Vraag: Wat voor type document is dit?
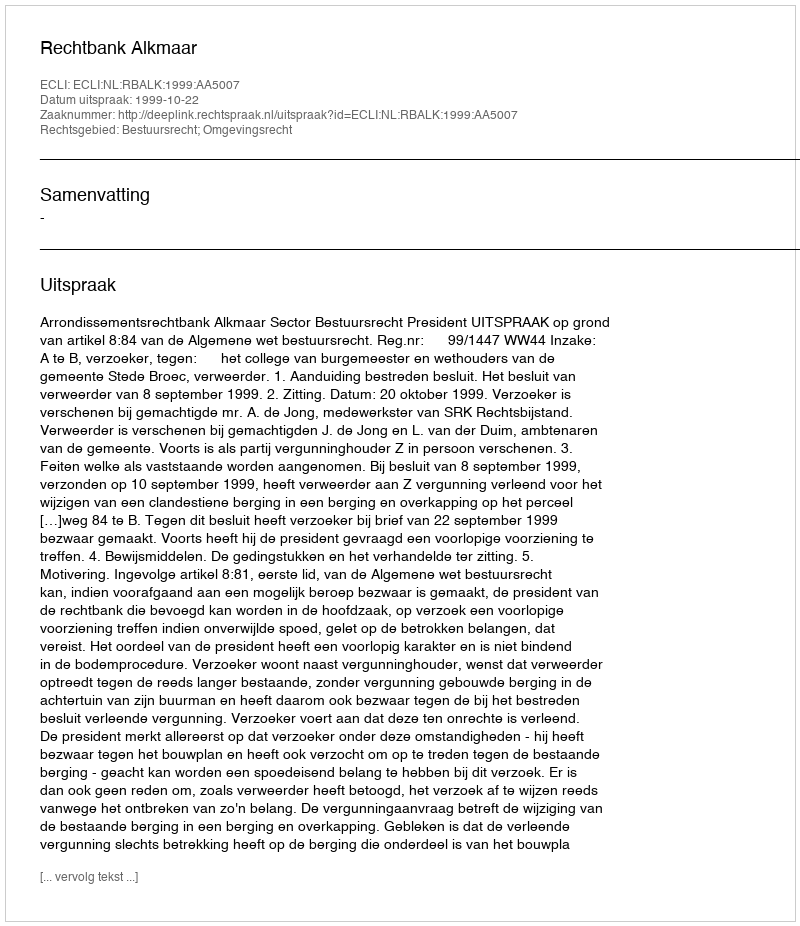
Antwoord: Uitspraak